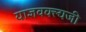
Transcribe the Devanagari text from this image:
याज्ञवक्ल्यजी